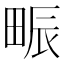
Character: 𤱼